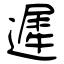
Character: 遲